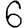
Digit: 6